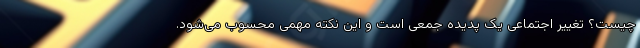
چیست؟ تغییر اجتماعی یک پدیده جمعی است و این نکته مهمی محسوب می‌شود.